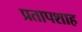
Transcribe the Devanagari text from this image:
प्रतापशाह